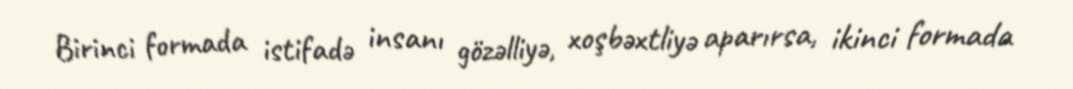
Birinci formada istifadə insanı gözəlliyə, xoşbəxtliyə aparırsa, ikinci formada